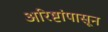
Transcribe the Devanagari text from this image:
अरिष्टांपासून